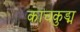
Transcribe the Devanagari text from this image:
काचकुड्म